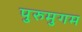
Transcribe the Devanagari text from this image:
पुरुमुगम